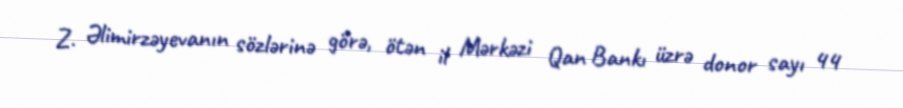
Z. Əlimirzəyevanın sözlərinə görə, ötən il Mərkəzi Qan Bankı üzrə donor sayı 44